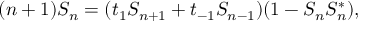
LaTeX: ( n + 1 ) S _ { n } = ( t _ { 1 } S _ { n + 1 } + t _ { - 1 } S _ { n - 1 } ) ( 1 - S _ { n } S _ { n } ^ { * } ) ,